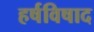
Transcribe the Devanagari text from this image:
हर्षविषाद